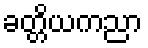
ခတ္တိယကညာ